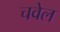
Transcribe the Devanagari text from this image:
चवेल